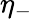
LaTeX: \eta_{-}